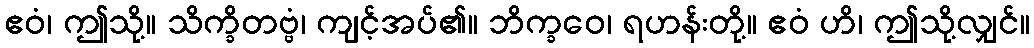
ဧဝံ၊ ဤသို့။ သိက္ခိတဗ္ဗံ၊ ကျင့်အပ်၏။ ဘိက္ခဝေ၊ ရဟန်းတို့။ ဧဝံ ဟိ၊ ဤသို့လျှင်။